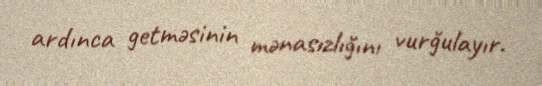
ardınca getməsinin mənasızlığını vurğulayır.